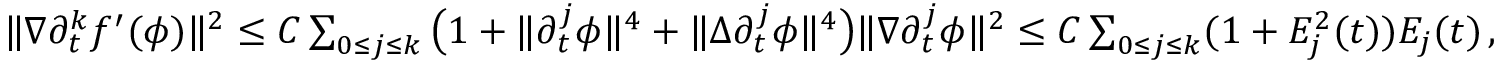
\begin{array} { r } { \| \nabla \partial _ { t } ^ { k } f ^ { \prime } ( \phi ) \| ^ { 2 } \leq C \sum _ { 0 \leq j \leq k } \big ( 1 + \| \partial _ { t } ^ { j } \phi \| ^ { 4 } + \| \Delta \partial _ { t } ^ { j } \phi \| ^ { 4 } \big ) \| \nabla \partial _ { t } ^ { j } \phi \| ^ { 2 } \leq C \sum _ { 0 \leq j \leq k } ( 1 + E _ { j } ^ { 2 } ( t ) ) E _ { j } ( t ) \, , } \end{array}